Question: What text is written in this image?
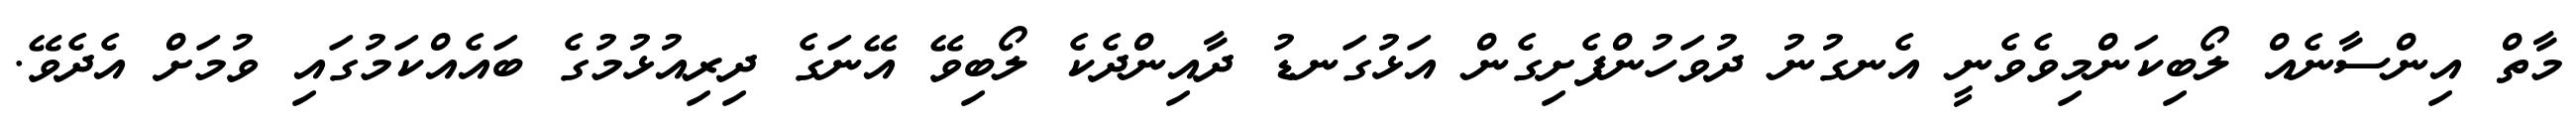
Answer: މާތް އިންސާނެއް ލޯބިކަންމިވެވެނީ އެނގުނު ދުވަހުންފެށިގެން އަޅުގަނޑު ދާއިންދެކެ ލޯބިވޭ އޭނަގެ ދިރިއުޅުމުގެ ބައެއްކަމުގައި ވުމަށް އެދެވޭ.